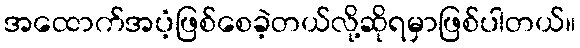
အထောက်အပံ့ဖြစ်စေခဲ့တယ်လို့ဆိုရမှာဖြစ်ပါတယ်။